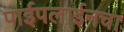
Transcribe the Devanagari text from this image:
पाईपलाईनचा